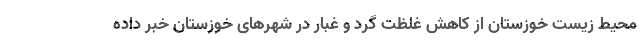
محیط زیست خوزستان از کاهش غلظت گرد و غبار در شهرهای خوزستان خبر داده